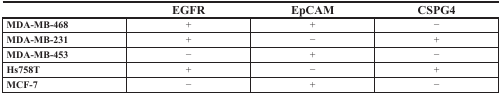
<table><thead><tr><td></td><td><b>EGFR</b></td><td><b>EpCAM</b></td><td><b>CSPG4</b></td></tr></thead><tbody><tr><td><b>MDA-MB-468</b></td><td>+</td><td>+</td><td>−</td></tr><tr><td><b>MDA-MB-231</b></td><td>+</td><td>−</td><td>+</td></tr><tr><td><b>MDA-MB-453</b></td><td>−</td><td>+</td><td>−</td></tr><tr><td><b>Hs758T</b></td><td>+</td><td>−</td><td>+</td></tr><tr><td><b>MCF-7</b></td><td>−</td><td>+</td><td>−</td></tr></tbody></table>